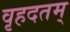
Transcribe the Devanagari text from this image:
वृहदतम्